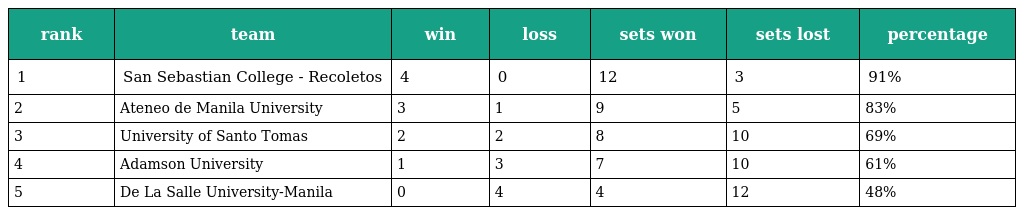
| rank | team | win | loss | sets won | sets lost | percentage |
 | --- | --- | --- | --- | --- | --- | --- |
 | 1 | San Sebastian College - Recoletos | 4 | 0 | 12 | 3 | 91% |
 | 2 | Ateneo de Manila University | 3 | 1 | 9 | 5 | 83% |
 | 3 | University of Santo Tomas | 2 | 2 | 8 | 10 | 69% |
 | 4 | Adamson University | 1 | 3 | 7 | 10 | 61% |
 | 5 | De La Salle University-Manila | 0 | 4 | 4 | 12 | 48% |